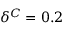
\delta ^ { C } = 0 . 2